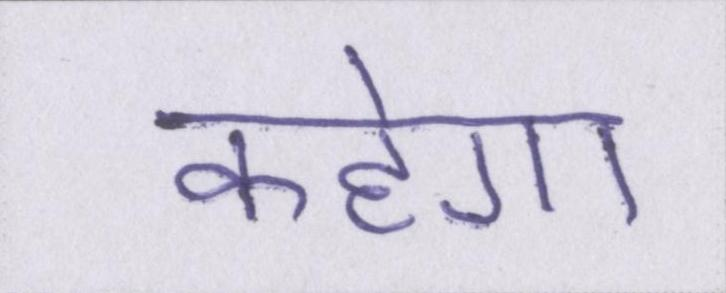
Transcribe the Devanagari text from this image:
कहेगा